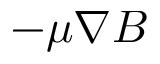
- \mu \nabla B